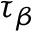
\tau _ { \beta }